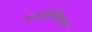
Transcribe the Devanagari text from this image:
कालाब्रियाचा